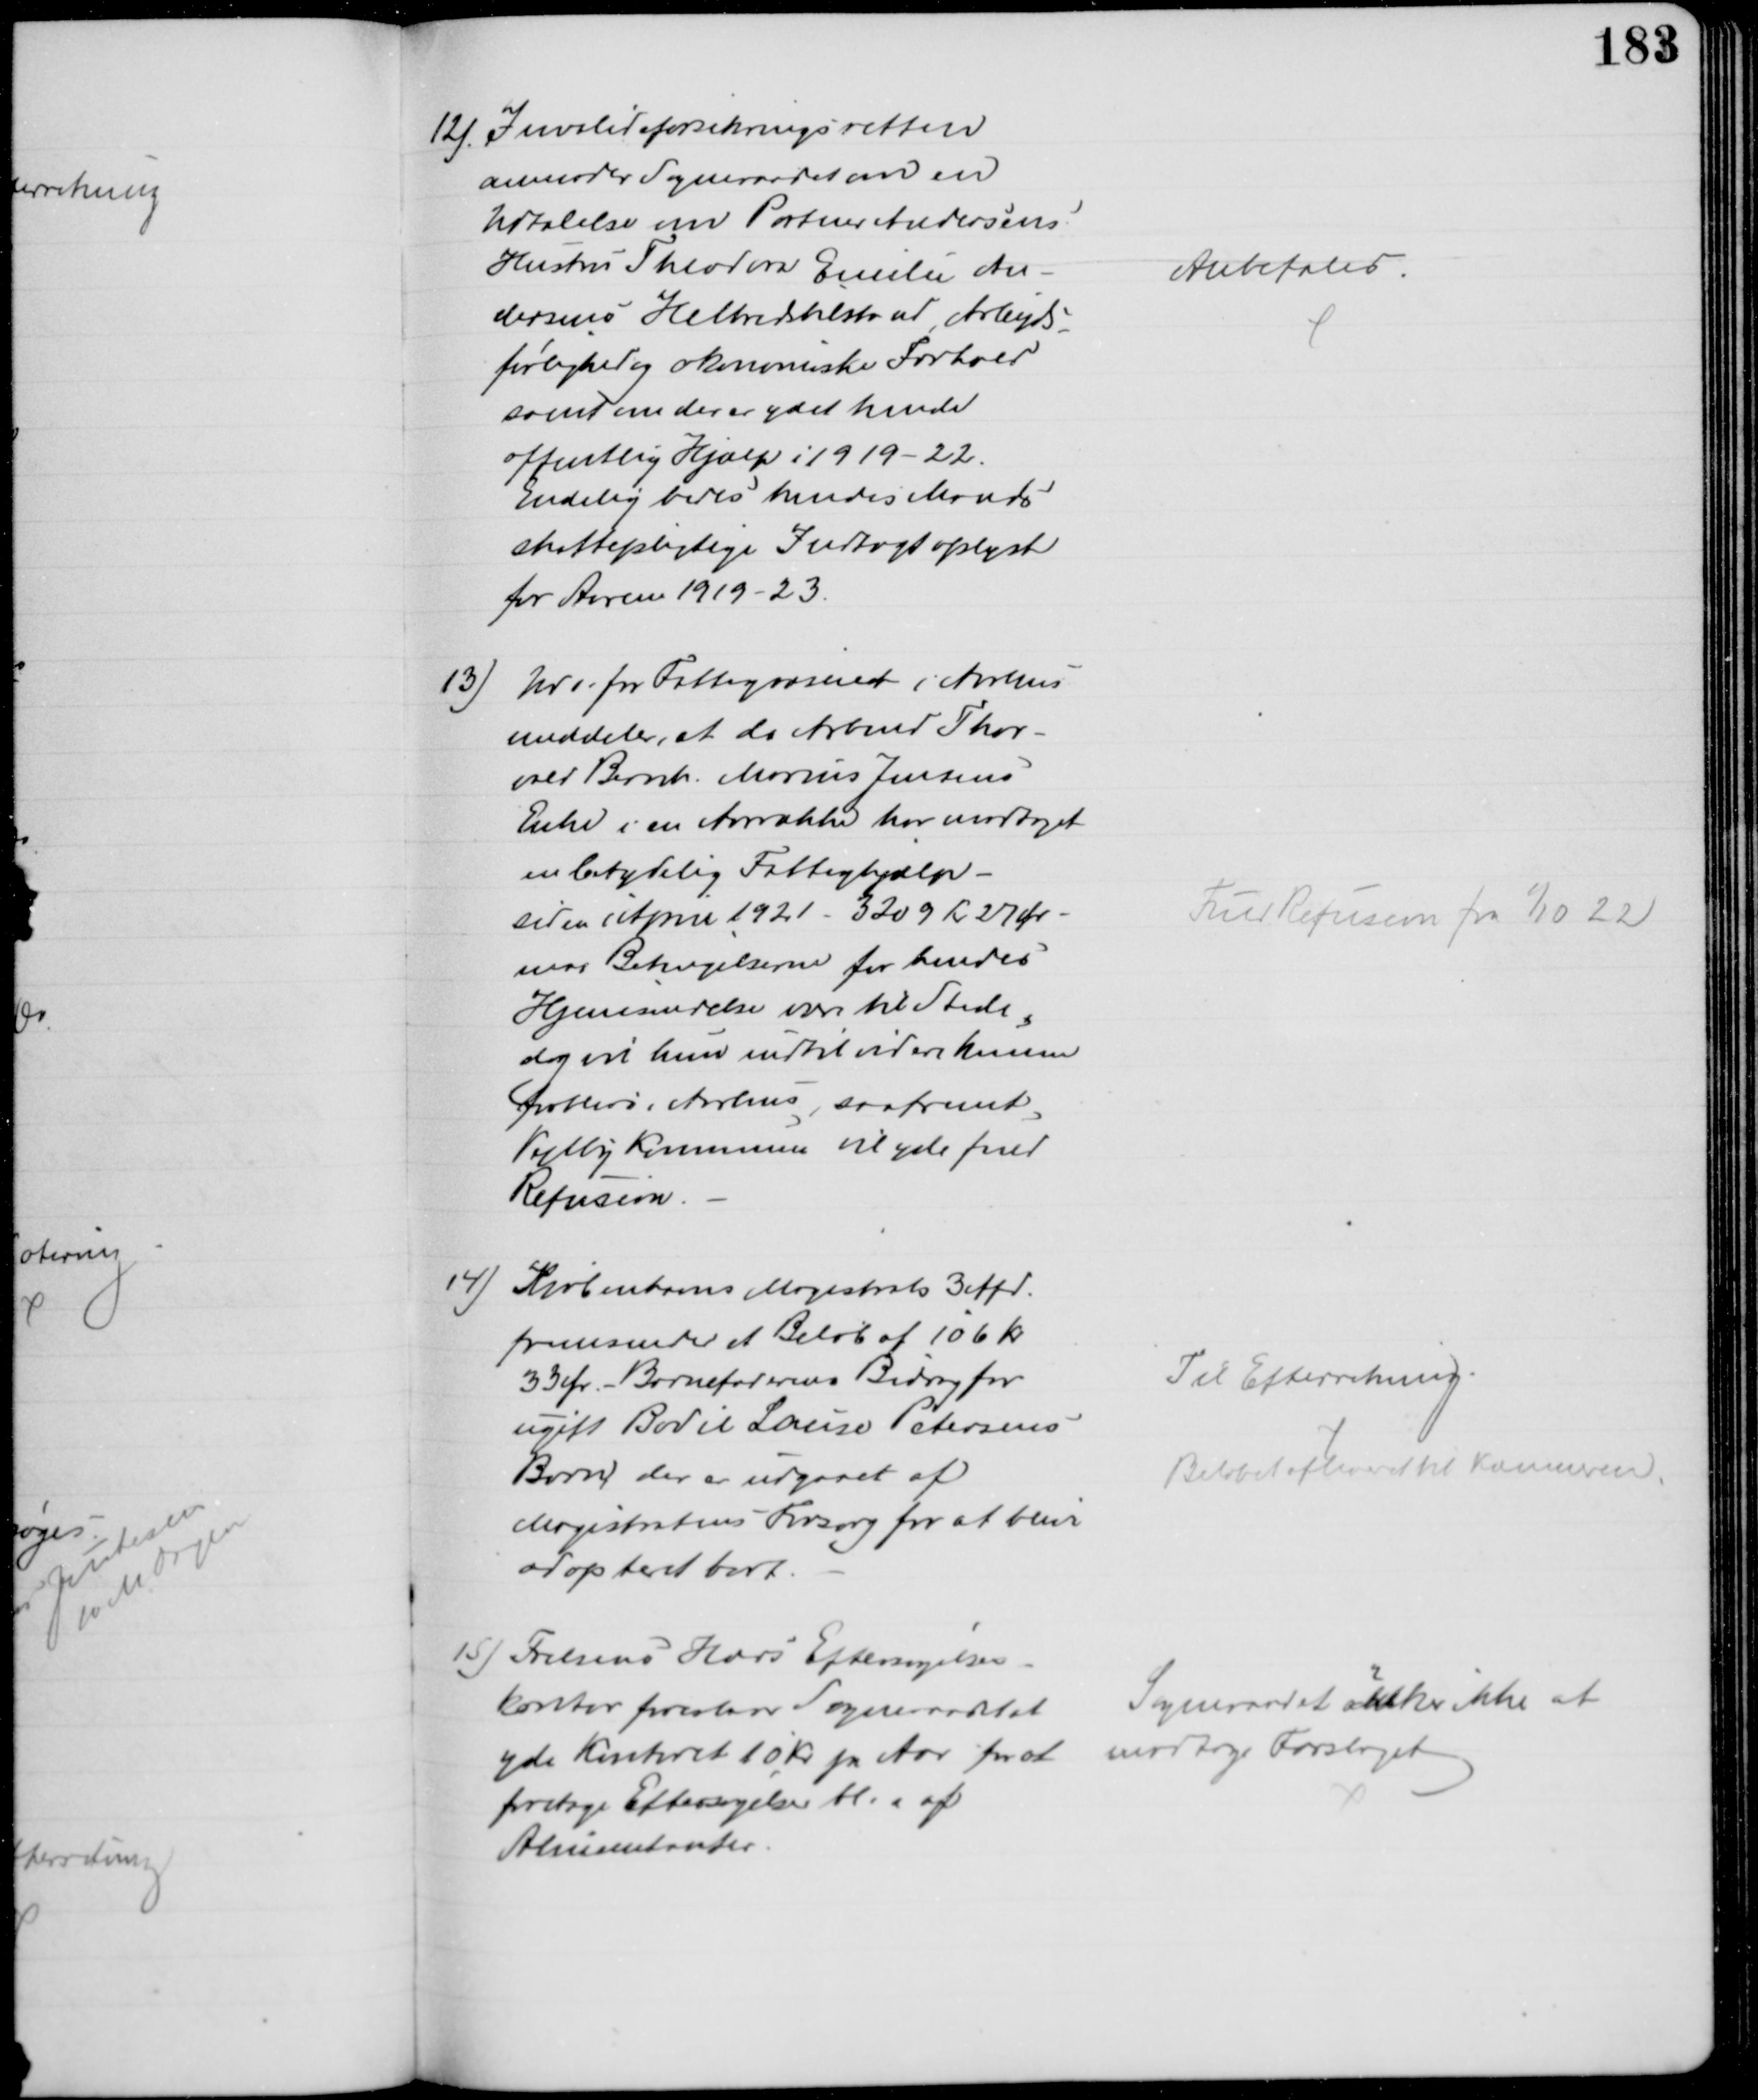
Transskription:
12). Invalideforsikringsretten
anmoder Sogneraadet om en
Udtalelse om Portner Andersens
Hustru Theodora Emilie An-
dersens Helbredstilstand, Arbejds-
førlighed og økonomiske Forhold
samt om der er ydet hende
offentlig Hjælp i 1919-22.
Endelig bedes hendes Mands
skattepligtige Indtægt oplyst
for Aarene 1919-23.
Anbefales
13) Udv. for Fattigvæsenet i Aarhus
meddeler, at da Arbmd Thor-
vald Bernh. Marius Jensens
Enke i en Aarrække har modtaget
en betydelig Fattighjælp -
siden i April 1921 - 3209 Kr 27 Ør
maa Betingelserne for hendes
Hjemsendelse være til Stede,
dog vil hun indtil videre kunne
forblive i Aarhus, saafremt
Vejlby Kommunen vil yde fuld
Refusion.
Fuld Refusion fra 1/10 22
14) Kjøbenhavns Magistrats 3 Afd.
fremsender et Beløb af 106 Kr
33 Ør. - Barnefaderens Bidrag for
ugift Bodil Louise Petersens
Barn, der er udgaaet af
Magistratens Forsorg for at blive
adopteret bort.
Til Efterretning
Beløbet afleveret til Kæmneren.
15) Frelsens Hærs Eftersøgelses-
kontor foreslaar Sogneraadet at
yde Kontoret 10 Kr pr Aar for at 
foretage Eftersøgelse bl. a af
Alimentanter.
Sogneraadet ønsker ikke at 
at modtage Forslaget